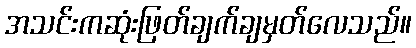
အသင်းကဆုံးဖြတ်ချက်ချမှတ်လေသည်။